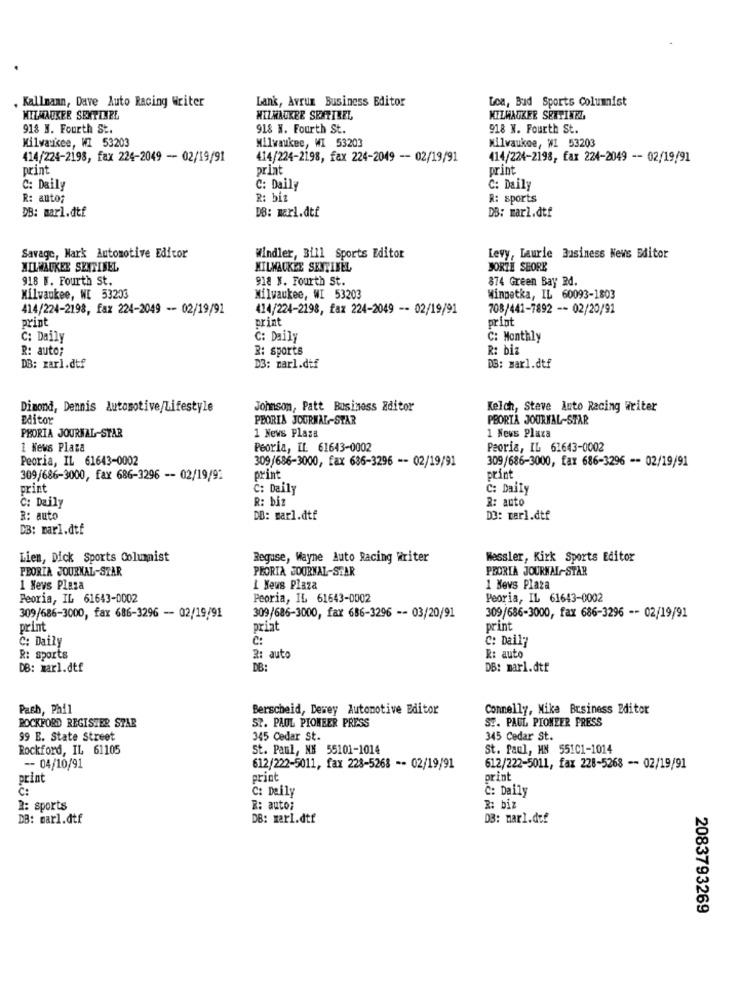
, Kallmaan, Dave Auto Racing Writer
Lank, Avrun Business Editor
Goa, Bud Sports Columnist
MILWAUKEE SENTINEL
MILWAUKEE SENTIREL
MILWAUKEE SENTINEL.
918 H. Fourth St.
918 H. Fourth St
918 N. Fourth St.
Milwaukee, WI 53203
Milwaukee, WI 53203
Milwaukee, WI 53203
414/224-2198, fax 224-2049 - 02/19/91
414/224-2198, fax 224-2049 -- 02/19/91
414/224-2198, fax 224-2049 -- 02/19/91
print
print
print
C: Daily
C: Daily
C: Daily
R: auto;
R: biz
R: sports
DB: marl.dtf
DB: marl.dtf
DB: merl.dtf
Savage, Mark Automotive Editor
Windler, Bill Sports Editor
Levy, Laurie Business News Editor
MILWAUKEE SENTINEL
MILWAUKEE SENTINEL
JORTE SHORE
918 F. Fourth St.
918 N. Fourth St.
874 Green Bay Rd.
Milwaukee, W[ 53203
Milwaukee, WI 53203
Winnetka, IL 60093-1803
414/224-2198, faz 224-2049 -- 02/19/92
414/224-2198, faz 224-2049 -- 02/19/91
708/441-7892 -- 02/20/91
print
print
print
C: Daily
C: Daily
C: Monthly
R: auto;
R: sports
R: biz
DB: zarl.dtf
D3: marl.dtf
DB: marl.dtf
Dimond, Dennis Automotive/Lifestyle
Johnson, Patt Business Editor
Kelch, Steve Auto Racing Writer
Editor
PEORIA JOURNAL-STAR
PBORTA JOURNAL-STAR
1 News Plaza
PEORIA JOURNAL-STAR
1 News Plaza
1 News Plaza
Peoria, IL 61643-0002
Peoria, IL 61643-0002
Peoria, IL 61643-0002
309/686-3000, fax 636-3296 -- 02/19/91
309/686-3000, fax 686-3296 -- 02/19/91
309/686-3000, fax 686-3296 -- 02/19/91
print
print
print
C: Daily
C: Daily
C: Daily
R: biz
R: auto
R: auto
DB: sarl.dtf
DO: marl.dtf
DB: marl.dtf
Lien, Dick Sports Columist
Reguse, Wayne Auto Racing Writer
Wessler, Kirk Sports Editor
PEORIA JOURNAL-STAR
PEORIA JOURNAL-STAR
PEORIA JOURNAL -- STAR
1 Nevs Plaza
1 Neus Plaza
1 Nevs Plaza
Peoria, IL 61643-0002
Peoria, IL 61643-0002
Peoria, IL 61643-0002
309/686-3000, fax 686-3296 - 02/19/91
309/686-3000, fax 686-3296 -- 03/20/91
309/686-3000, fax 686-3296 -- 02/19/91
print
priat
print
C: Daily
c:
C: Daily
R: sports
2: auto
R: auto
DB: marl.dtf
DB:
DB: marl.dtf
Pash, Phil
Berscheid, Dewey Automotive Editor
Connelly, Mike Brsiness Editor
ST. PAUL PIONEER PRESS
ROCKFORD REGISTER STAR
ST. PAUL PIONEER PRESS
99 E. State Street
345 Cedar St.
345 Cedar St.
Rockford, IL 61105
St. Paul, N# 55101-1014
St. Paul, MN 551C1-1014
-- 04/10/91
612/222-5011, fax 228-5268 -- 02/19/91
612/222-5011, fax 228-5268 -- 02/19/91
print
print
print
C:
C: Daily
C: Daily
R: sports
R: auto;
R: biz
DB: marl.dtf
DB: marl.dtf
DB: marl.dtf
2083793269